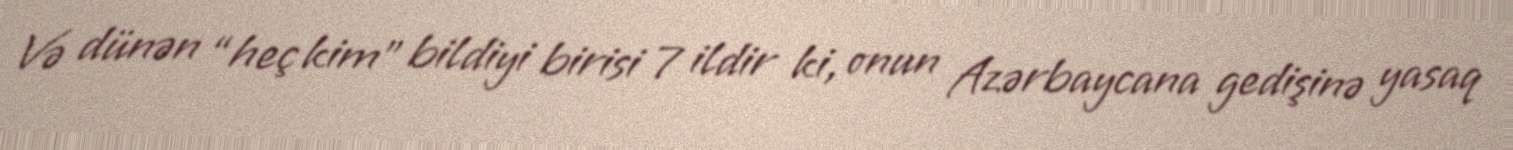
Və dünən “heç kim” bildiyi birisi 7 ildir ki, onun Azərbaycana gedişinə yasaq